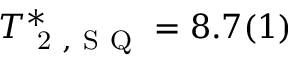
T _ { \mathrm { ~ 2 ~ , ~ S ~ Q ~ } } ^ { * } = 8 . 7 ( 1 )